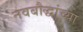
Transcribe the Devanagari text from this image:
नवबौद्धांच्या